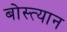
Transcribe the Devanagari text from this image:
बोस्त्यान